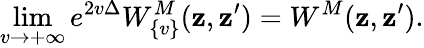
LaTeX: \operatorname*{lim}_{v\to{+\infty}}e^{2v\Delta}{W}_{\{ v\} }^{M}(\mathbf{z},\mathbf{z}^{\prime})={W}^{M}(\mathbf{z},\mathbf{z}^{\prime}).